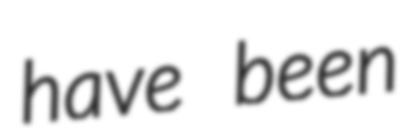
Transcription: have been